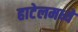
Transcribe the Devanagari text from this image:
हाटेलमध्ये